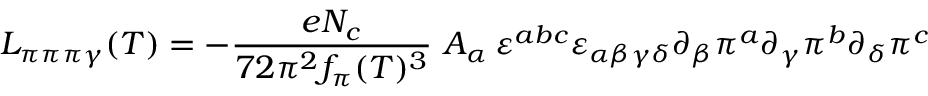
{ \cal L } _ { \pi \pi \pi \gamma } ( T ) = - { \frac { e N _ { c } } { 7 2 \pi ^ { 2 } f _ { \pi } ( T ) ^ { 3 } } } \, \, A _ { \alpha } \, \varepsilon ^ { a b c } \varepsilon _ { \alpha \beta \gamma \delta } \partial _ { \beta } \pi ^ { a } \partial _ { \gamma } \pi ^ { b } \partial _ { \delta } \pi ^ { c }